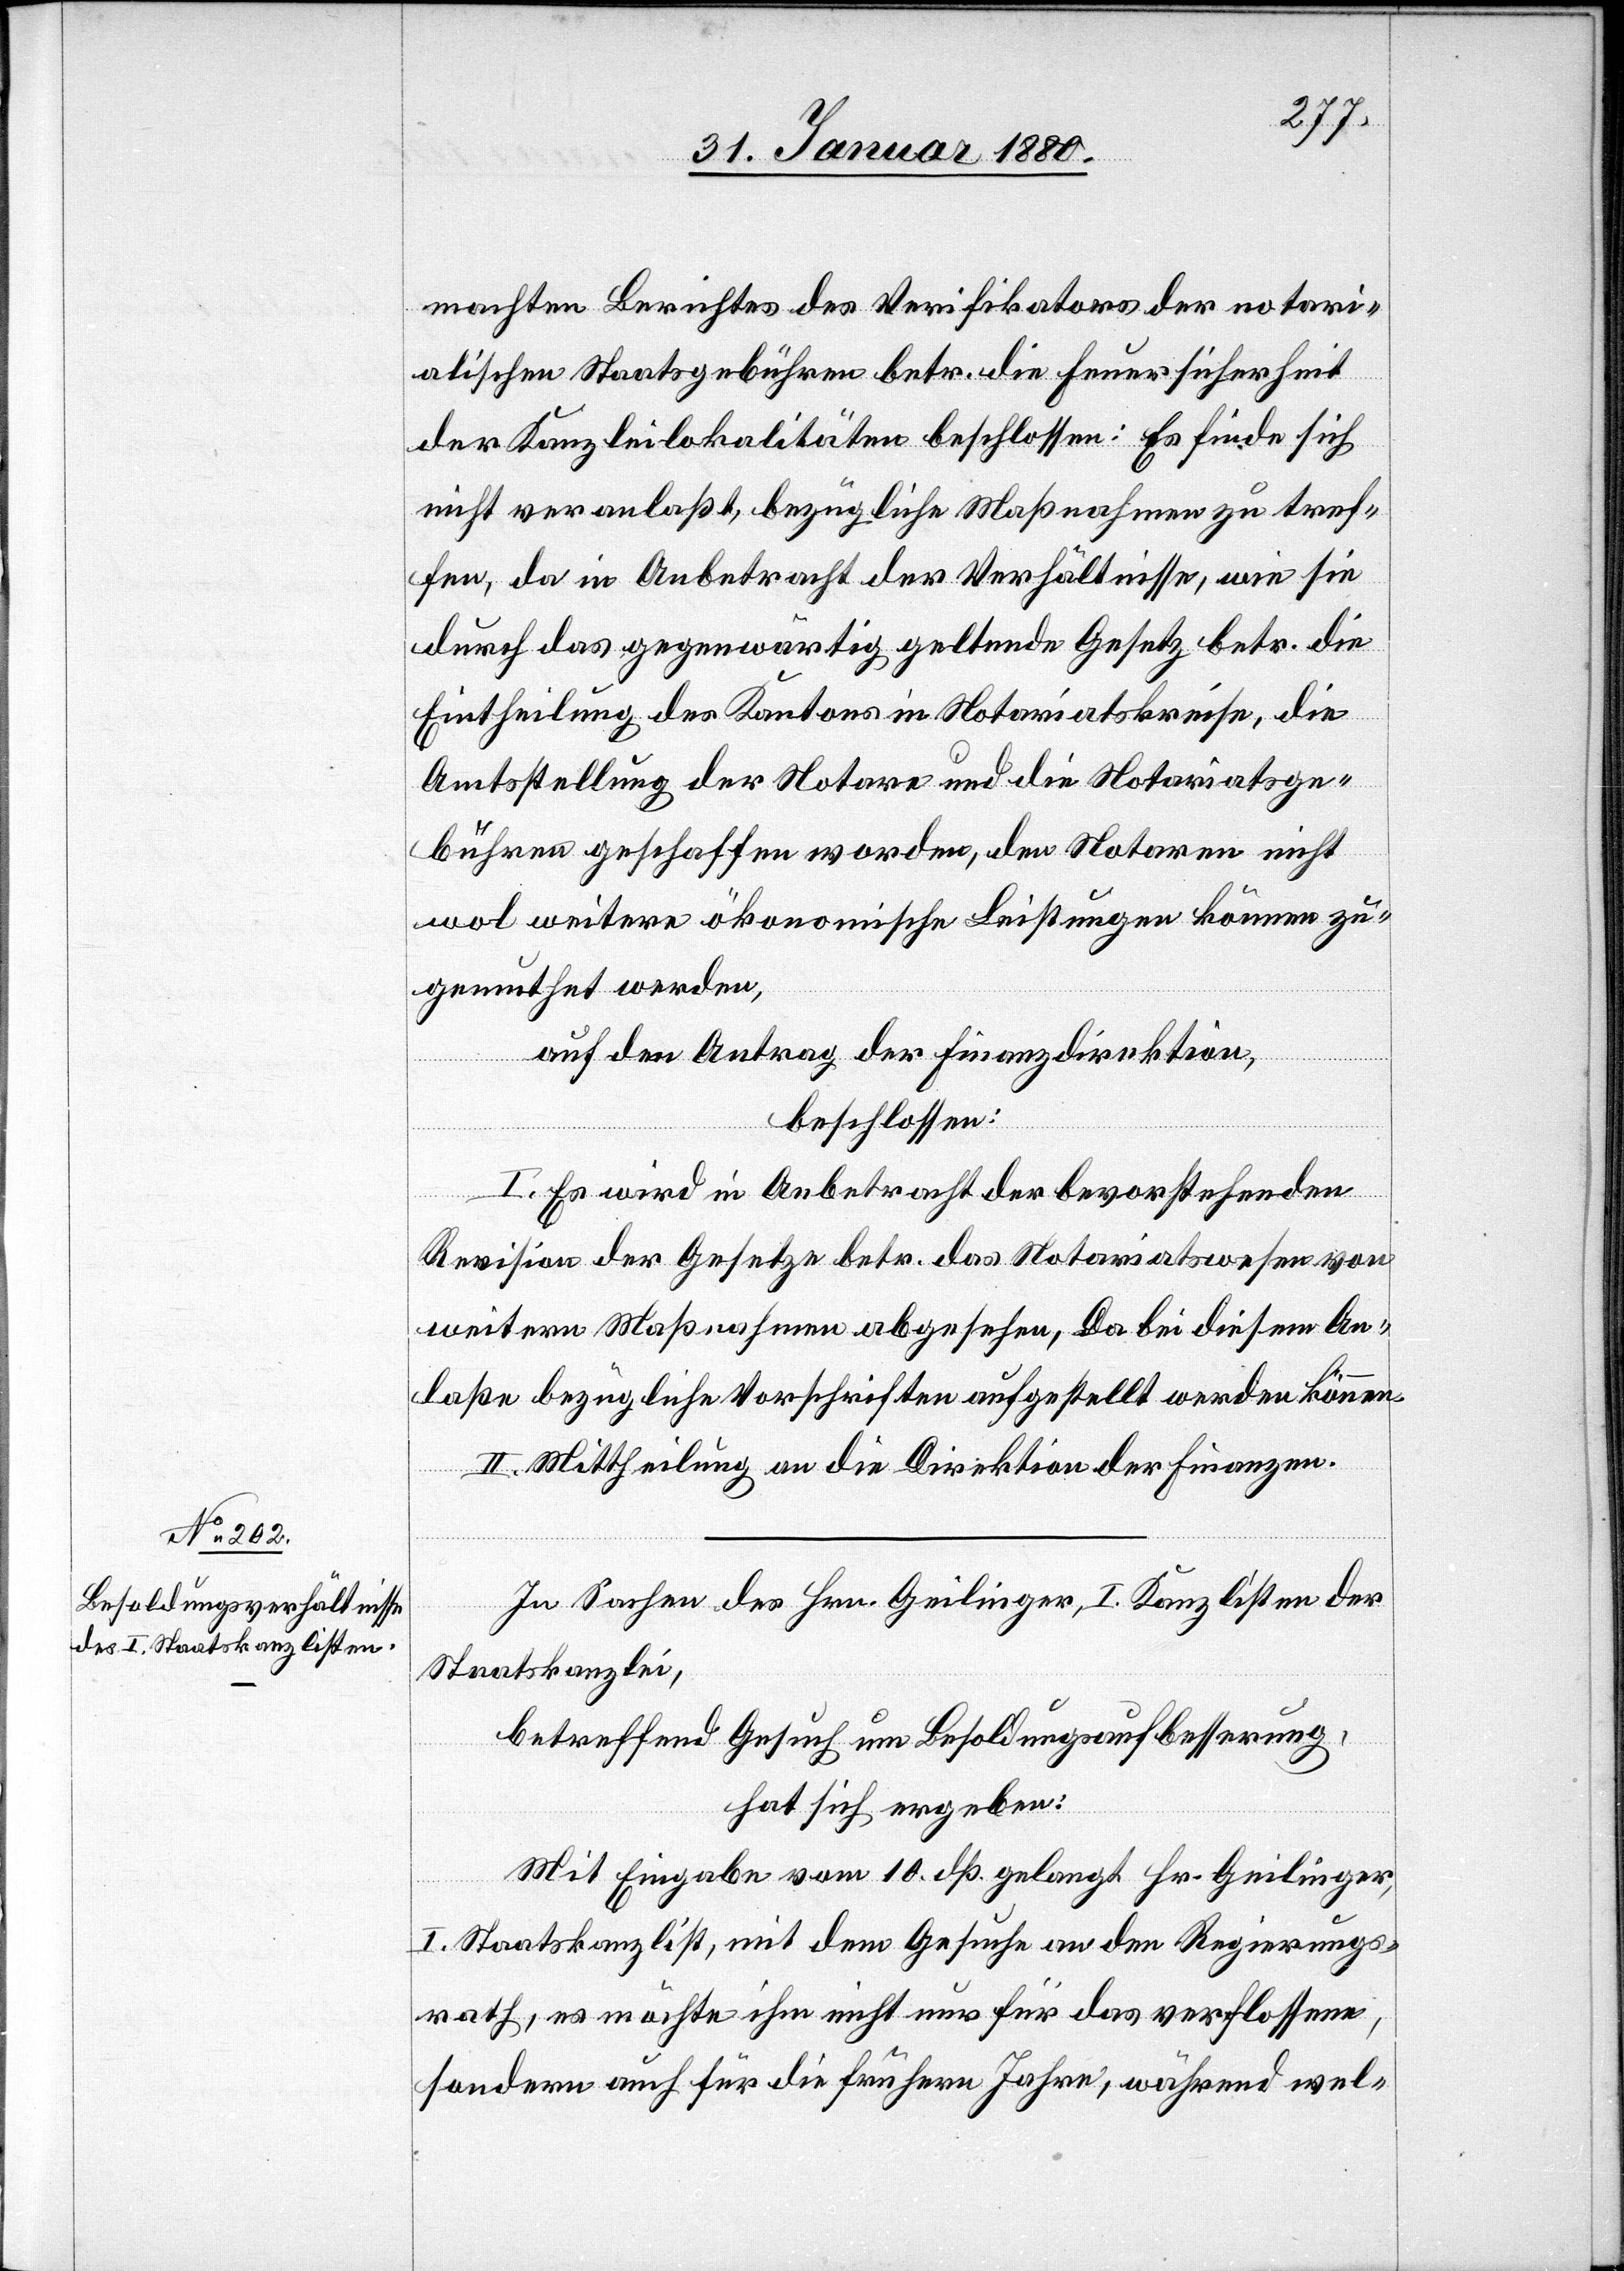
machten Berichtes des Verifikators der notari¬
alischen Staatsgebühren betr. die Feuersicherheit
der Kanzleilokalitäten beschlossen: Es finde sich
nicht veranlaßt, bezügliche Maßnahmen zu tref¬
fen, da in Anbetracht der Verhältnisse, wie sie
durch das gegenwärtig geltende Gesetz betr. die
Eintheilung des Kantons in Notariatskreise, die
Amtsstellung der Notare und die Notariatsge¬
bühren geschaffen worden, den Notaren nicht
wol weitere ökonomische Leistungen können zu¬
gemuthet werden,
auf den Antrag der Finanzdirektion,
beschlossen:
I. Es wird in Anbetracht der bevorstehenden
Finanzen.
Revision der Gesetze betr. das Notariatswesen von
weitern Maßnahmen abgesehen, da bei diesem An¬
laße bezügliche Vorschriften aufgestellt werden können.
In Sachen des Hrn. Geilinger, I. Kanzlisten der
Staatskanzlei,
betreffend Gesuch um Besoldungsaufbesserung,
hat sich ergeben:
Mit Eingabe vom 10. dß. gelangt Hr. Geilinger,
I. Staatskanzlist, mit dem Gesuche an den Regierungs¬
rath, es möchte ihm nicht nur für das verflossene,
sondern auch für die frühern Jahre, während wel-